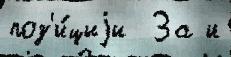
поз'и́циjи  За и